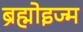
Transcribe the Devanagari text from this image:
ब्रह्मोइज्म